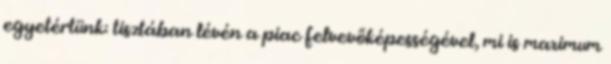
egyetértünk: tisztában lévén a piac felvevőképességével, mi is maximum